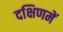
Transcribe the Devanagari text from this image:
दक्षिणमें